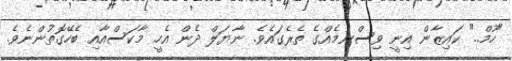
"ހޫމް.." ކައިޒާން އިނީ ވިސްނުމެއްގެ ތެރެގައެވެ. ނާޔަލް ދެން އެހީ މާކަސްއާއި ބެހޭގޮތުންނެވެ.